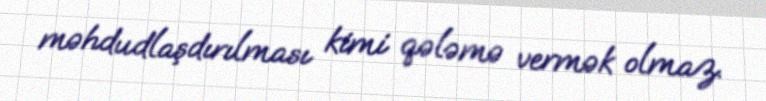
məhdudlaşdırılması kimi qələmə vermək olmaz.